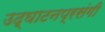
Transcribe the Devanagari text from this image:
उद्घाटनप्रसंगी